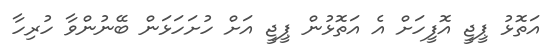
އަތޮޅު ޕީޖީ އޮފީހަށް އެ އަތޮޅުން ޕީޖީ އަށް ހުށަހަޅަން ބޭނުންވާ ހުރިހާ